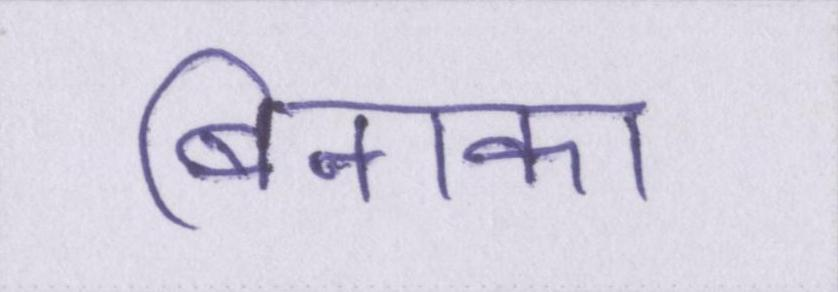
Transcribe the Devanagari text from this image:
बिनाका